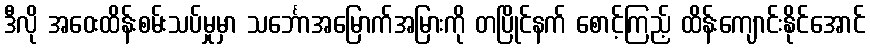
ဒီလို အဝေးထိန်းစမ်းသပ်မှုမှာ သင်္ဘောအမြောက်အမြားကို တပြိုင်နက် စောင့်ကြည့် ထိန်းကျောင်းနိုင်အောင်